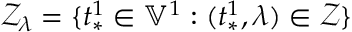
\mathcal { Z } _ { \lambda } = \{ t _ { * } ^ { 1 } \in \mathbb { V } ^ { 1 } : ( t _ { * } ^ { 1 } , \lambda ) \in \mathcal { Z } \}